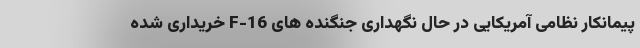
پیمانکار نظامی آمریکایی در حال نگهداری جنگنده های F-16 خریداری شده